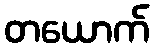
တယောက်